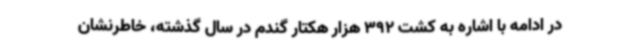
در ادامه با اشاره به کشت 392 هزار هکتار گندم در سال گذشته، خاطرنشان